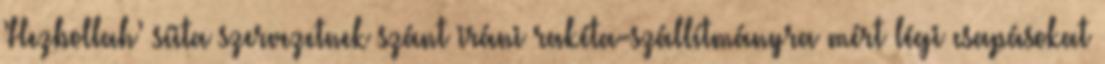
’Hezbollah’ síita szervezetnek szánt iráni rakéta-szállítmányra mért légi csapásokat